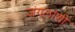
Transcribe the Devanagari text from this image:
जंगलांशी